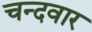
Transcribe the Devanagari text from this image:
चन्दवार